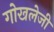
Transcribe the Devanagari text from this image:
गोखलेजी